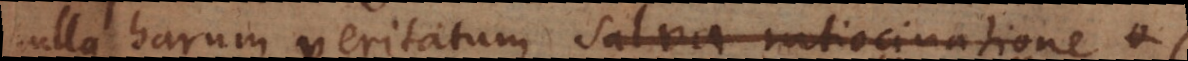
nulla harum veritatum, salva ratiocinatione c